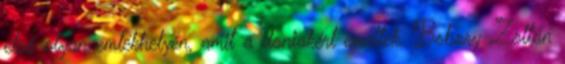
első olyan emlékhelyén, amit a doniakért emeltek. Bobory Zoltán